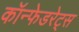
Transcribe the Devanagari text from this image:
कॉन्फेडरेट्स